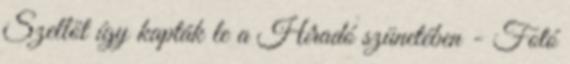
Szellőt így kapták le a Híradó szünetében - Fotó